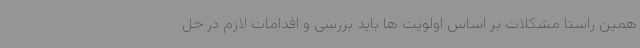
همین راستا مشکلات بر اساس اولویت ها باید بررسی و اقدامات لازم در حل